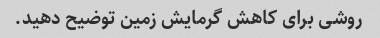
روشی برای کاهش گرمایش زمین توضیح دهید.